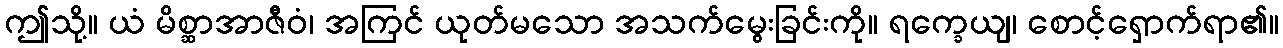
ဤသို့။ ယံ မိစ္ဆာအာဇီဝံ၊ အကြင် ယုတ်မသော အသက်မွေးခြင်းကို။ ရက္ခေယျ၊ စောင့်ရှောက်ရာ၏။